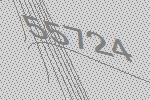
55724